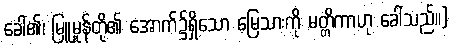
ခေါ်၏၊ မြူမှုန်တို့၏ အောက်၌ရှိသော မြေသားကို မတ္တိကာဟု ခေါ်သည်။)